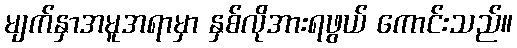
မျက်နှာအမူအရာမှာ နှစ်လိုအားရဖွယ် ကောင်းသည်။